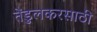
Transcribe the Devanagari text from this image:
तेंडुलकरसाठी